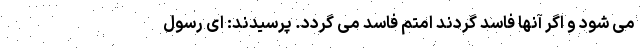
می شود و اگر آنها فاسد گردند امّتم فاسد می گردد. پرسیدند: اى رسول